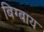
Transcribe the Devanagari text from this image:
बिग्बाय